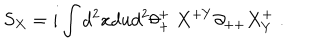
S _ { X } = i \int d ^ { 2 } x d u d ^ { 2 } \theta _ { + } ^ { + } \; X ^ { + Y } \partial _ { + + } X _ { Y } ^ { + } \; .